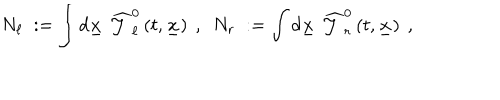
N _ { \ell } \; : = \int d \underline { { { x } } } \; \widehat { { \mathcal J } } _ { \ell } ^ { 0 } \left( t , \underline { { { x } } } \right) ~ , ~ ~ N _ { r } \; : = \int d \underline { { { x } } } \; \widehat { { \mathcal J } } _ { r } ^ { 0 } \left( t , \underline { { { x } } } \right) ~ ,